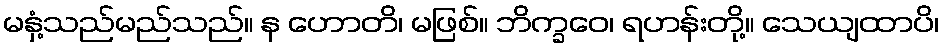
မနှံ့သည်မည်သည်။ န ဟောတိ၊ မဖြစ်။ ဘိက္ခဝေ၊ ရဟန်းတို့။ သေယျထာပိ၊